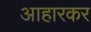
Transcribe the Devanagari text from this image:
आहारकर